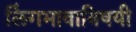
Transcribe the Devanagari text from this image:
लिंगभावाविषयी